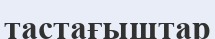
тастағыштар